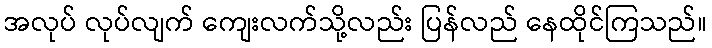
အလုပ် လုပ်လျက် ကျေးလက်သို့လည်း ပြန်လည် နေထိုင်ကြသည်။